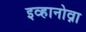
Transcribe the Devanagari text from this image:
इव्हानोव्ना